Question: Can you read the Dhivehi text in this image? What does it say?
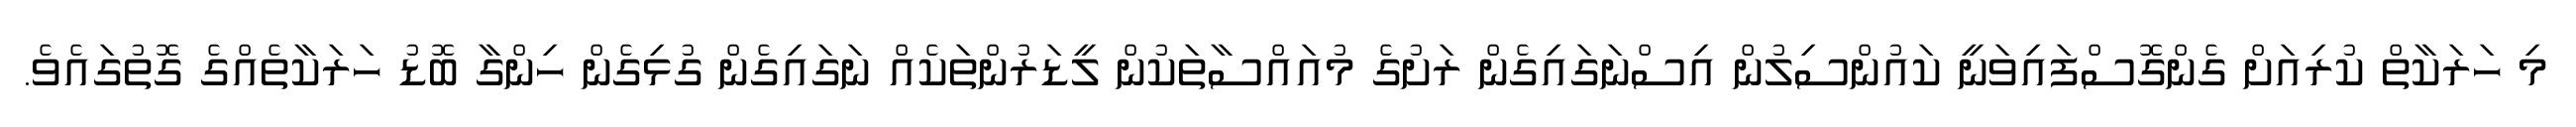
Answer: މި ހަރަކާތް ކުރިއަށް ގެންގޮސްފައިވަނީ ކައުންސިލުން އިސްނަގައިގެން ރަށުގެ މުއައްސާތަކުން ލީޑަރުންތަކެއް ނަގައިގެން ގުޅިގެން ހިންގާ ބޮޑު ހަރަކާތެއްގެ ގޮތުގައެވެ.